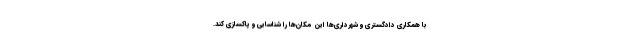
با همکاری دادگستری و شهرداری‌ها این مکان‌ها را شناسایی و پاکسازی کند.